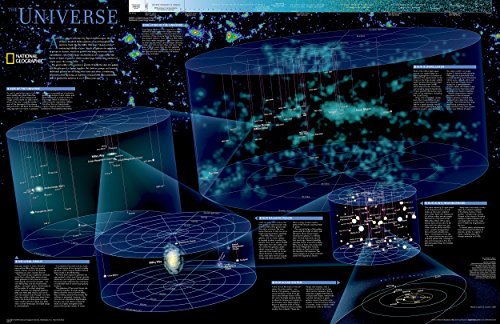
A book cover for The Universe [Tubed] (National Geographic Reference Map); National Geographic Maps - Reference; Reference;